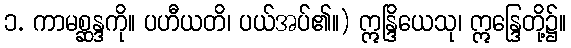
၁. ကာမစ္ဆန္ဒကို။ ပဟီယတိ၊ ပယ်အပ်၏။) ဣန္ဒြိယေသု၊ ဣန္ဒြေတို့၌။